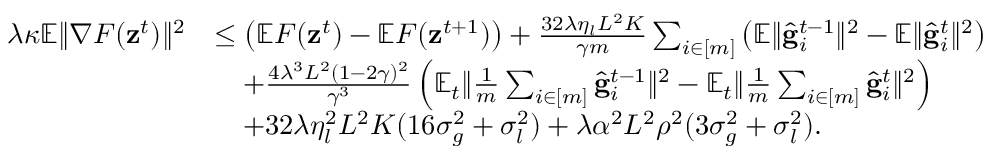
\begin{array} { r l } { \lambda \kappa \mathbb { E } \Vert \nabla F ( \mathbf { z } ^ { t } ) \Vert ^ { 2 } } & { \leq \left( \mathbb { E } F ( \mathbf { z } ^ { t } ) - \mathbb { E } F ( \mathbf { z } ^ { t + 1 } ) \right) + \frac { 3 2 \lambda \eta _ { l } L ^ { 2 } K } { \gamma m } \sum _ { i \in [ m ] } \left( \mathbb { E } \Vert \hat { \mathbf { g } } _ { i } ^ { t - 1 } \Vert ^ { 2 } - \mathbb { E } \Vert \hat { \mathbf { g } } _ { i } ^ { t } \Vert ^ { 2 } \right) } \\ & { \quad + \frac { 4 \lambda ^ { 3 } L ^ { 2 } ( 1 - 2 \gamma ) ^ { 2 } } { \gamma ^ { 3 } } \left( \mathbb { E } _ { t } \Vert \frac { 1 } { m } \sum _ { i \in [ m ] } \hat { \mathbf { g } } _ { i } ^ { t - 1 } \Vert ^ { 2 } - \mathbb { E } _ { t } \Vert \frac { 1 } { m } \sum _ { i \in [ m ] } \hat { \mathbf { g } } _ { i } ^ { t } \Vert ^ { 2 } \right) } \\ & { \quad + 3 2 \lambda \eta _ { l } ^ { 2 } L ^ { 2 } K ( 1 6 \sigma _ { g } ^ { 2 } + \sigma _ { l } ^ { 2 } ) + \lambda \alpha ^ { 2 } L ^ { 2 } \rho ^ { 2 } ( 3 \sigma _ { g } ^ { 2 } + \sigma _ { l } ^ { 2 } ) . } \end{array}